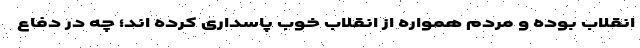
انقلاب بوده و مردم همواره از انقلاب خوب پاسداری کرده اند؛ چه در دفاع